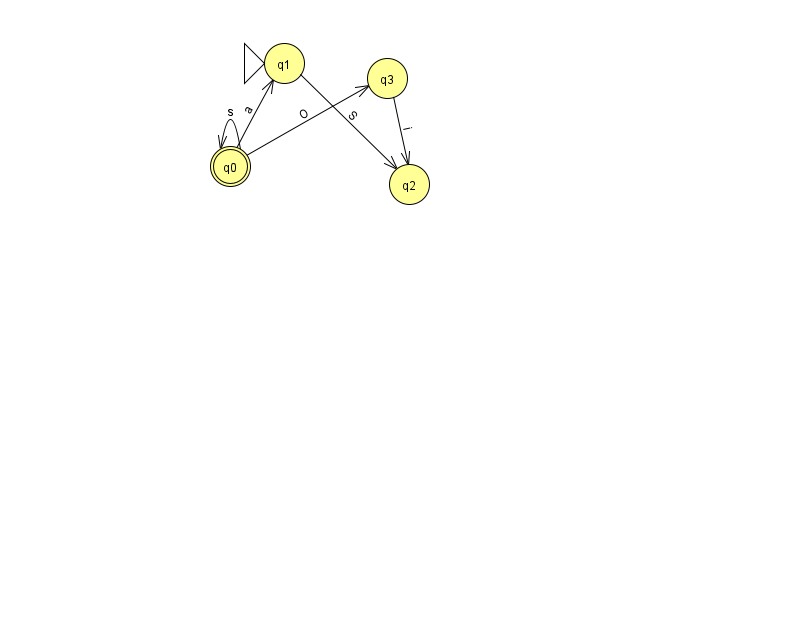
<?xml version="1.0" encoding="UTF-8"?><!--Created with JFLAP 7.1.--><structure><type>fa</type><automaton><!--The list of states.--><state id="0" name="q0"><x>230.0</x><y>153.0</y><final/></state><state id="1" name="q1"><x>284.0</x><y>50.0</y><initial/></state><state id="2" name="q2"><x>409.0</x><y>171.0</y></state><state id="3" name="q3"><x>387.0</x><y>65.0</y></state><!--The list of transitions.--><transition><from>0</from><to>0</to><read>s</read></transition><transition><from>1</from><to>2</to><read>S</read></transition><transition><from>0</from><to>1</to><read>a</read></transition><transition><from>0</from><to>3</to><read>O</read></transition><transition><from>3</from><to>2</to><read>i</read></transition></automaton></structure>